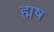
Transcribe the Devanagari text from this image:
ह्मष